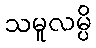
သမူလမ္ပိ